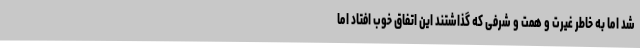
شد اما به خاطر غیرت و همت و شرفی که گذاشتند این اتفاق خوب افتاد اما